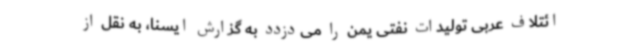
ائتلاف عربی تولیدات نفتی یمن را می‌دزدد به گزارش ایسنا، به نقل از